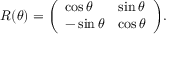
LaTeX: R ( \theta ) = { \left( \begin{array} { l l } { \cos \theta } & { \sin \theta } \\ { - \sin \theta } & { \cos \theta } \end{array} \right) } .